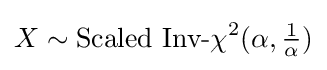
X\sim {\mbox{Scaled Inv-}}\chi ^{2}(\alpha ,{\tfrac {1}{\alpha }})